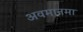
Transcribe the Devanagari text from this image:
अवमानमा